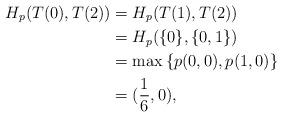
LaTeX: \begin{align*}H_p(T(0),T(2))&=H_p(T(1),T(2))\\&=H_p(\{0\},\{0,1\})\\&=\max\left\{p(0,0),p(1,0)\right\}\\&=(\frac{1}{6},0),\end{align*}